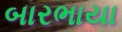
બારભાયા